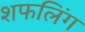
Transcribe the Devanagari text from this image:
शफलिंग